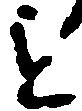
を